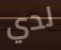
لدي